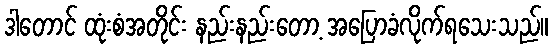
ဒါတောင် ထုံးစံအတိုင်း နည်းနည်းတော့ အပြောခံလိုက်ရသေးသည်။